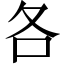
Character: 各